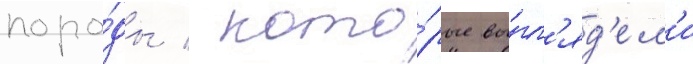
поро́ды / кото́рые вы́гл'яд'ел'и